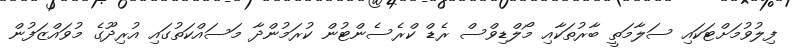
ފިލުވުމަށްޓަކައި ސަލާމަތީ ބާރުތަކާއި މޯލްޑިވްސް ރެޑް ކްރެސެންޓުން ކުރަމުންދާ މަސައްކަތުގައި އުރިދޫގެ މުވައްޒަފުން